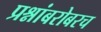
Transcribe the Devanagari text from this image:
प्रश्नांबरोबरच